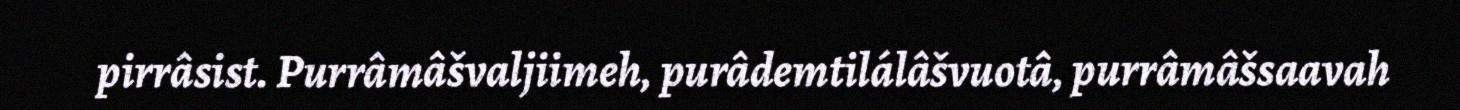
pirrâsist. Purrâmâšvaljiimeh, purâdemtilálâšvuotâ, purrâmâšsaavah